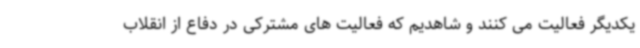
یکدیگر فعالیت می کنند و شاهدیم که فعالیت های مشترکی در دفاع از انقلاب